Treatise on elephants
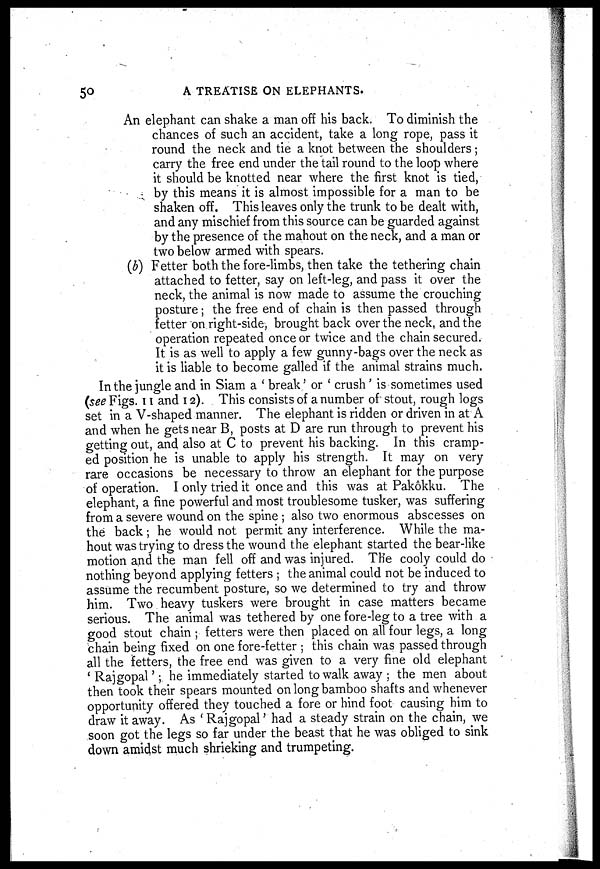
50
A TREATISE ON ELEPHANTS.
An elephant can shake a man off his back. To dimmish the
chances of such an accident, take a long rope, pass it
round the neck and tie a knot between the shoulders;
carry the free end under the tail round to the loop where
it should be knotted near where the first knot is tied,
by this means it is almost impossible for a man to be
shaken off. This leaves only the trunk to be dealt with ,
and any mischief from this source can be guarded against
by the presence of the mahout on the neck, and a man or
two below armed with spears.
(b) Fetter both the fore-limbs, then take the tethering chain
attached to fetter, say on left-leg, and pass it over the
neck, the animal is now made to assume the crouching
posture; the free end of chain is then passed through
fetter on right-side, brought back over the neck, and the
operation repeated once or twice and the chain secured.
It is as well to apply a few gunny-bags over the neck as
it is liable to become galled if the animal strains much.
In the jungle and in Siam a ' break ' or ' crush ' is sometimes used
(see Figs. 11 and 12). This consists of a number of stout, rough logs
set in a V-shaped manner. The elephant is ridden or driven in at A
and when he gets near B, posts at D are run through to prevent his
getting out, and also at C to prevent his backing. In this cramp-
ed position he is unable to apply his strength. It may on very
rare occasions be necessary to throw an elephant for the purpose
of operation. I only tried it once and this was at Pakôkku. The
elephant, a fine powerful and most troublesome tusker, was suffering
from a severe wound on the spine ; also two enormous abscesses on
the back; he would not permit any interference. While the ma-
hout was trying to dress the wound the elephant started the bear-like
motion and the man fell off and was injured. The cooly could do
nothing beyond applying fetters ; the animal could not be induced to
assume the recumbent posture, so we determined to try and throw
him. Two heavy tuskers were brought in case matters became
serious. The animal was tethered by one fore-leg to a tree with a
good stout chain ; fetters were then placed on all four legs, a long
chain being fixed on one fore-fetter ; this chain was passed through
all the fetters, the free end was given to a very fine old elephant
' Rajgopal '; he immediately started to walk away ; the men about
then took their spears mounted on long bamboo shafts and whenever
opportunity offered they touched a fore or hind foot causing him to
draw it away. As ' Rajgopal ' had a steady strain on the chain, we
soon got the legs so far under the beast that he was obliged to sink
down amidst much shrieking and trumpeting.